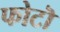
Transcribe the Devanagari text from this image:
फोटॊ